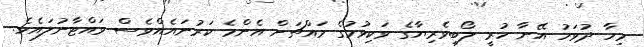
މިހާ ދުވަހު އޭނާ ހުރީ ލޯބިވެރިޔާގެ ވަކިވުމުގެ މައްޗަށް އެންމެ ކަރުނައެއްވެސް ވައްޓާނުލައެވެ.